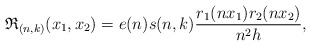
\begin{align*}\mathfrak{R}_{(n,k)}(x_1,x_2)=e(n) s(n,k) \frac{r_1 (n x_1) r_2 (n x_2)}{n^2 h},\end{align*}